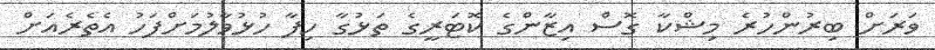
ވަރަށް ބިރުންހުރެ މިޝްކާ ގޮސް އިޒާންގެ ކޮޓަރީގެ ތަޅުގާ ހިފާ ހުޅުވާލުމަށްފަހު އެތެރެއަށް